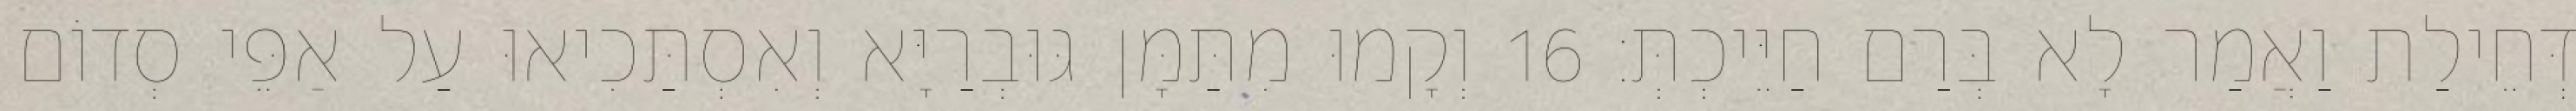
דְּחֵילַת וַאֲמַר לָא בְּרַם חַיֵּיכְתְּ׃ 16 וְקָמוּ מִתַּמָּן גּוּבְרַיָּא וְאִסְתַּכִיאוּ עַל אַפֵּי סְדוֹם